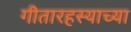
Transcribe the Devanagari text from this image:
गीतारहस्याच्या